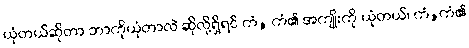
ယုံတယ်ဆိုတာ ဘာကိုယုံတာလဲ ဆိုလို့ရှိရင် ကံ, ကံ၏ အကျိုးကို ယုံတယ်၊ ကံ,ကံ၏